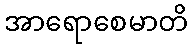
အာရောစေမာတိ